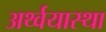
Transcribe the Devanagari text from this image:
अर्थ्वयास्था